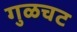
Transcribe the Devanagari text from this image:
गुळचट